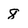
Character: 8